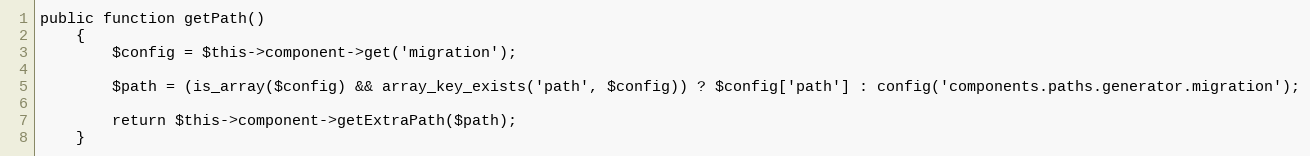
Language: PHP
public function getPath()
    {
        $config = $this->component->get('migration');

        $path = (is_array($config) && array_key_exists('path', $config)) ? $config['path'] : config('components.paths.generator.migration');

        return $this->component->getExtraPath($path);
    }